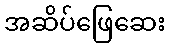
အဆိပ်ဖြေဆေး